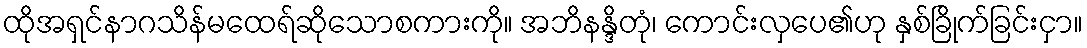
ထိုအရှင်နာဂသိန်မထေရ်ဆိုသောစကားကို။ အဘိနန္ဒိတုံ၊ ကောင်းလှပေ၏ဟု နှစ်ခြိုက်ခြင်းငှာ။